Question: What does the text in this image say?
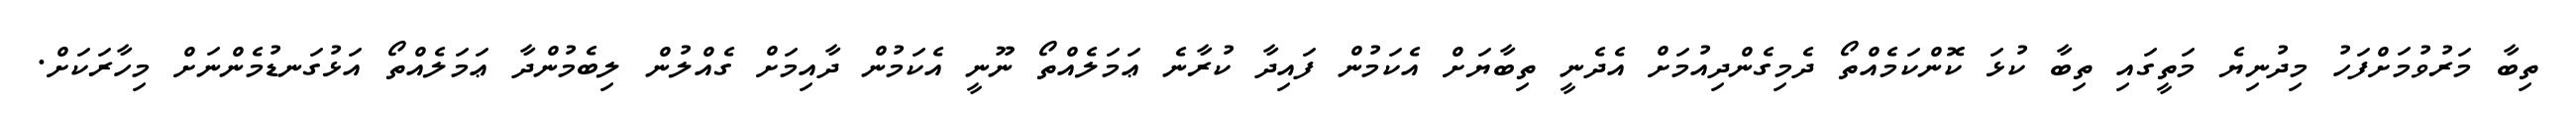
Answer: ތިބާ މަރުވުމަށްފަހު މިދުނިޔެ މަތީގައި ތިބާ ކުޅަ ކޮންކަމެއްތޯ ދެމިގެންދިއުމަށް އެދެނީ ތިބާޔަށް އެކަމުން ފައިދާ ކުރާނެ ޢަމަލެއްތޯ ނޫނީ އެކަމުން ދާއިމަށް ގެއްލުން ލިބެމުންދާ ޢަމަލެއްތޯ އަޅުގަނޑުމެންނަށް މިހާރަކަށް.